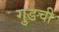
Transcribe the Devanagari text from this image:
गुडची